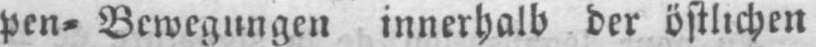
pen⸗ Bewegungen innerhalb der östlichen